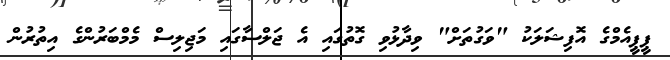
ޕީޕީއެމްގެ އޮފިޝަލަކު "ވަގުތަށް" ވިދާޅުވި ގޮތުގައި އެ ޖަލްސާގައި މަޖިލިސް މެމްބަރުންގެ އިތުރުން